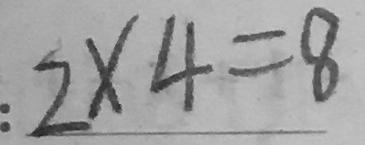
: 2 \times 4 = 8